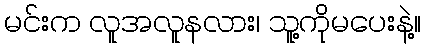
မင်းက လူအလူနလား၊ သူ့ကိုမပေးနဲ့။